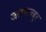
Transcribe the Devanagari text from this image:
जलमज्जुर